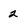
Character: 2